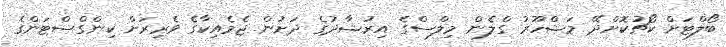
ބޯލްޓަށް ކޯޗުކޮށްދޭ މަޝްހޫރު ގްލެން މިލްސްގެ އިރުޝާދުގެ ދަށުން ޖެމެއިކާގެ ވެރިރަށް ކިންގްސްޓަންގެ